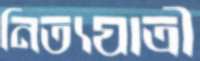
নিত্যযাত্রী